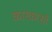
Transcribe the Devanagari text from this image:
कारकार्सो